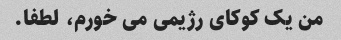
من یک کوکای رژیمی می خورم، لطفا.